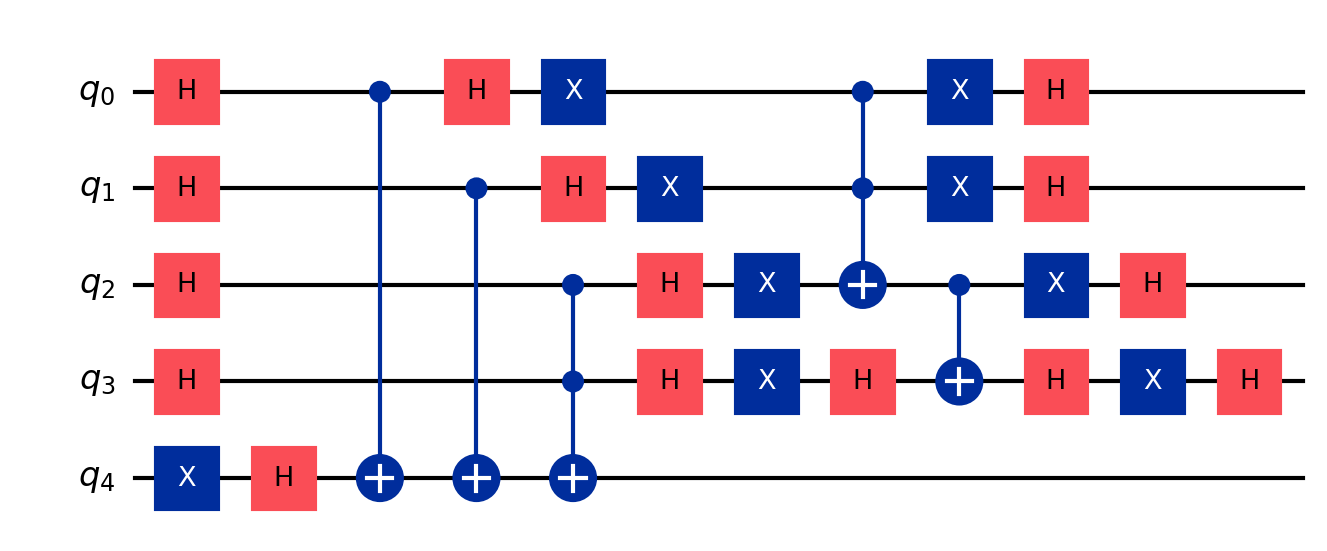
Description: Grover attack on AES-128 (key search)
描述: 对AES-128的Grover攻击（密钥搜索）
Category: btc_quantum_security (difficulty: advanced)
Qubits: 5, circuit depth: 12
Blockchain relevance: btc_security

Braket implementation:
from braket.circuits import Circuit
circuit = Circuit()
for i in range(4):
    circuit.h(i)
circuit.x(4).h(4)
circuit.cnot(0, 4).cnot(1, 4).ccnot(2, 3, 4)
for i in range(4):
    circuit.h(i)
for i in range(4):
    circuit.x(i)
circuit.h(3).ccnot(0, 1, 2).cnot(2, 3).h(3)
for i in range(4):
    circuit.x(i)
for i in range(4):
    circuit.h(i)

Qiskit implementation:
from qiskit import QuantumCircuit
circuit = QuantumCircuit(5)
for i in range(4):
    circuit.h(i)
circuit.x(4).h(4)
circuit.cx(0, 4).cx(1, 4).ccx(2, 3, 4)
for i in range(4):
    circuit.h(i)
for i in range(4):
    circuit.x(i)
circuit.h(3).ccx(0, 1, 2).cx(2, 3).h(3)
for i in range(4):
    circuit.x(i)
for i in range(4):
    circuit.h(i)